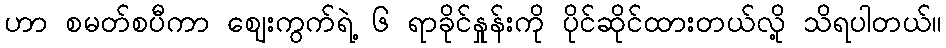
ဟာ စမတ်စပီကာ ဈေးကွက်ရဲ့ ၆ ရာခိုင်နှုန်းကို ပိုင်ဆိုင်ထားတယ်လို့ သိရပါတယ်။